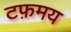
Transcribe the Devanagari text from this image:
टफ़मय